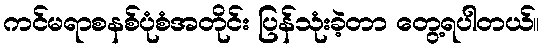
ကင်မရာစနစ်ပုံစံအတိုင်း ပြန်သုံးခဲ့တာ တွေ့ရပါတယ်။